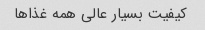
کیفیت بسیار عالی همه غذاها